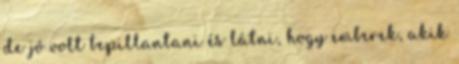
de jó volt bepillantani és látni, hogy emberek, akik